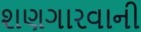
શણગારવાની